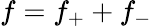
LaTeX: f=f_{+}+f_{-}